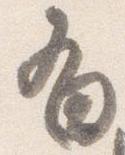
有